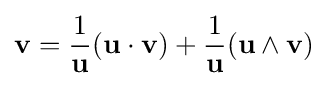
\mathbf {v} ={\frac {1}{\mathbf {u} }}(\mathbf {u} \cdot \mathbf {v} )+{\frac {1}{\mathbf {u} }}(\mathbf {u} \wedge \mathbf {v} )